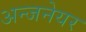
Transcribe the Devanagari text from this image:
अन्जनेयर